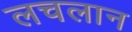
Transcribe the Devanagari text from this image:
लचलान